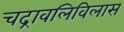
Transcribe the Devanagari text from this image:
चद्रावलिविलास